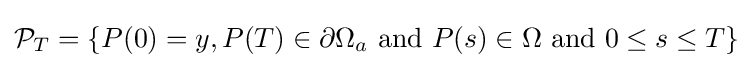
{\mathcal {P}}_{T}=\{P(0)=y,P(T)\in \partial \Omega _{a}{\hbox{ and }}P(s)\in \Omega {\hbox{ and }}0\leq s\leq T\}